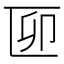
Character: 𠥰